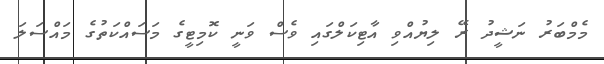
މެމްބަރު ނަޝީދު ރޭ ލިޔުއްވި އާޓިކަލްގައި ވެސް ވަނީ ކޮމިޓީގެ މަސައްކަތުގެ މައްސަލަ